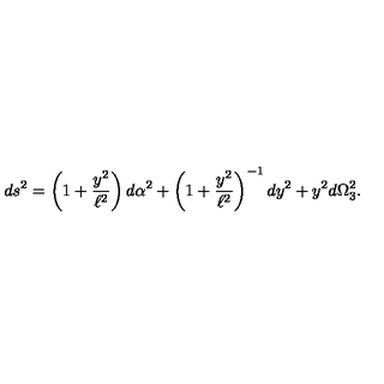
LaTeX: d s ^ { 2 } = \left( 1 + \frac { y ^ { 2 } } { \ell ^ { 2 } } \right) d \alpha ^ { 2 } + \left( 1 + \frac { y ^ { 2 } } { \ell ^ { 2 } } \right) ^ { - 1 } d y ^ { 2 } + y ^ { 2 } d \Omega _ { 3 } ^ { 2 } .